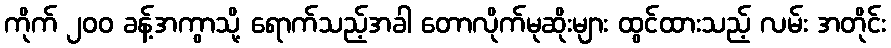
ကိုက် ၂၀၀ ခန့်အကွာသို့ ရောက်သည့်အခါ တောလိုက်မုဆိုးများ ထွင်ထားသည့် လမ်း အတိုင်း